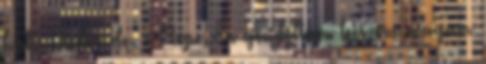
hall. Pedig de. - Nope. Én gondoltam leiszom magam